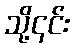
သို့၎င်း